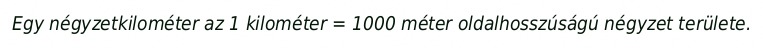
Egy négyzetkilométer az 1 kilométer = 1000 méter oldalhosszúságú négyzet területe.